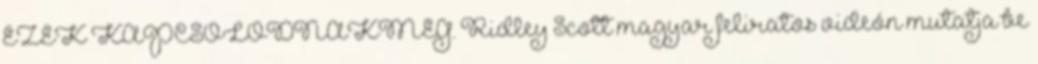
EZEK KAPCSOLÓDNAKMÉG. Ridley Scott magyar feliratos videón mutatja be